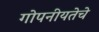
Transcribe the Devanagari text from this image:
गोपनीयतेचे